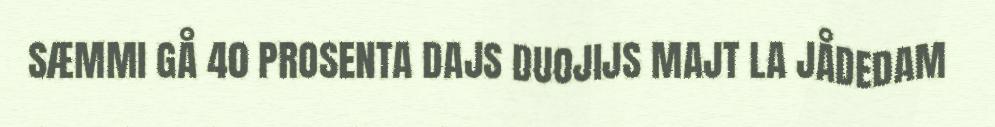
SÆMMI GÅ 40 PROSENTA DAJS DUOJIJS MAJT LA JÅDEDAM